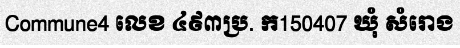
Commune4 លេខ ៤៩៣ប្រ. ក150407 ឃុំ សំរោង